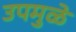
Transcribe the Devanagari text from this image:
उपमुळे